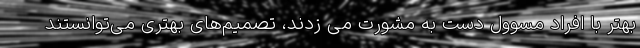
بهتر با افراد مسوول دست به مشورت می زدند، تصمیم‌های بهتری می‌توانستند